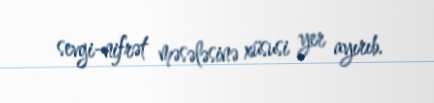
sevgi-nifrət məsələsinə xüsusi yer ayırıb.